Medical and sanitary report of the native army of Bengal for the year
Year: 1878
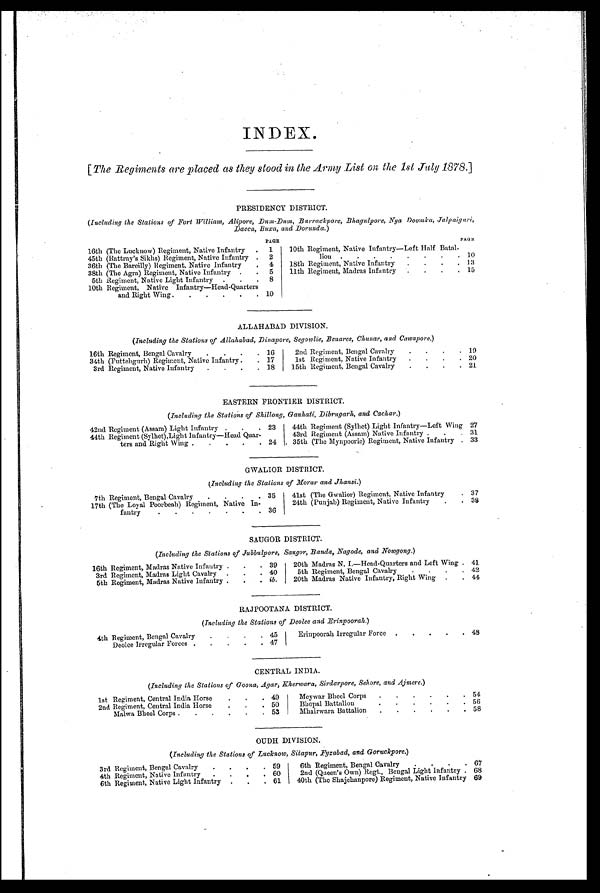
INDEX.
[ The Regiments are placed as they stood in the Army List on the 1st July 1878. ]
PRESIDENCY DISTRICT.
( Including the Stations of Fort William, Alipore, Dum-Dum, Barrackpore, Bhagulpore, Nya Doomka, Jalpaiguri,
Dacca, Buxa, and Dorunda. )
PAGE.
P A G E .
16th (The Lucknow) Regiment, Native Infantry
.
1
10th Regiment, Native Infantry—Left Half Batal-
45th (Rattray's Sikhs) Regiment, Native Infantry .
2
lion .
.
.
.
.
.
.
. 10
36th (The Bareilly) Regiment, Native Infantry
.
4
18th Regiment, Native Infantry
.
.
.
. 13
38th (The Agra) Regiment, Native Infantry .
.
5
11th Regiment, Madras Infantry
. . . . 15
5th Regiment, Native Light Infantry .
.
. 8
10th Regiment Native Infantry—Head-Quarters
and Right Wing.
.
.
.
.
. 10
ALLAHABAD DIVISION.
(Including the Stations of Allahabad, Dinapore, Segowlie, Benares, Chunar, and Cawnpore.)
16th Regiment, Bengal Cavalry
.
.
.
. 16
2nd Regiment, Bengal Cavalry
.
.
.
. 19
34th (Futtehgurh) Regiment, Native Infantry.
. 17
1st Regiment, Native Infantry
.
.
.
. 20
3rd Regiment, Native Infantry
.
.
.
. 18
15th Regiment, Bengal Cavalry
.
.
.
. 21
EASTERN FRONTIER DISTRICT.
(Including the Stations of Shillong, Gauhati, Dibrugarh, and Cachar. )
42nd Regiment (Assam) Light Infantry .
.
. 23
44th Regiment (Sylhet) Light Infantry—Loft Wing 27
44th Regiment (Sylhet),Light Infantry—Head Quar-
ters and Right Wing .
.
.
.
. 24
43rd Regiment (Assam) Native Infantry .
.
. 31
35th (The Mynpoorie) Regiment, Native Infantry . 33
GWALIOR DISTRICT
( Including the Stations of Morar and Jhansi. )
7th Regiment, Bengal Cavalry
.
.
.
. 35
41st (The Gwalior) Regiment, Native Infantry
. 37
17th (The Loyal Poorbeah) Regiment, Native In-
fantry
.
.
.
.
.
.
. 36
24th (Punjab) Regiment, Native Infantry
.
. 38
SAUGOR DISTRICT
(Including the Stations of Jubbulpore, Savor, Banda, Nagode, and Nowgong.)
16th Regiment, Madras Native Infantry .
.
. 39
20th Madras N. I.—Head-Quarters and Left Wing . 41
3rd Regiment, Madras Light Cavalry
.
.
. 40
5th Regiment, Bengal Cavalry
.
.
.
. 42
5th Regiment, Madras Native Infantry
. . . ib.
20th Madras Native Infantry, Right Wing .
. 44
RAJPOOTANA DISTRICT.
(Including the Stations of Deolee and Erinpoorah. )
4th Regiment, Bengal Cavalry
.
.
.
. 45
Erinpoorah Irregular Force .
.
.
.
. 48
Deolee Irregular Forces .
.
.
.
. 47
CENTRAL INDIA
(Including the Stations of Goona, Agar, Kherwara, Sirdarpore, Sehore, and Ajmere. )
1st Regiment, Central India Horse
.
.
. 49
Meywer Bheel Corps
.
.
.
.
.
. 54
2nd Regiment, Central India Horse
.
.
. 50
Bhopal Battalion
.
.
.
.
.
. 56
Malwa Bheel Corps .
.
.
.
.
. 53
Mhairwara Battalion
.
.
.
.
.
. 58
OUDH DIVISION
( Including the Stations of Lucknow. Sitapur. Fyzabad. and Goruckvore. )
3rd Regiment, Bengal Cavalry
.
.
.
. 59
6th Regiment, Bengal Cavalry
.
.
. . 67
4th Regiment, Native Infantry
.
.
.
. 60
2nd (Queen's Own) Regt., Bengal Light Infantry . 68
6th Regiment, Native Light Infantry .
.
. 61
40th (The Shajehanpore) Regiment, Native Infantry 69